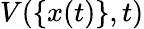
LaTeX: V(\{ x(t)\} ,t)